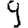
Digit: 9